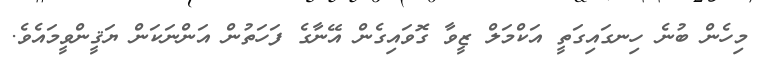
މިހެން ބުނެ ހިނގައިގަތީ އަކްމަލް ޒީވާ ގޮވައިގެން އޭނާގެ ފަހަތުން އަންނަކަން ޔަޤީންވީމައެވެ.